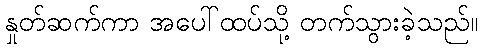
နှုတ်ဆက်ကာ အပေါ်ထပ်သို့ တက်သွားခဲ့သည်။